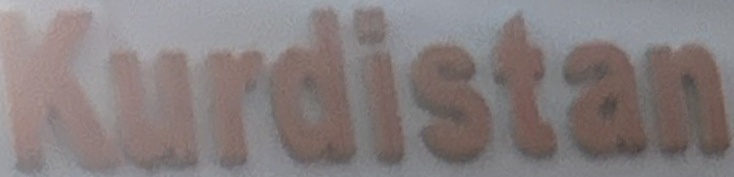
Kurdistan